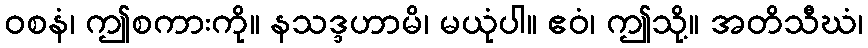
ဝစနံ၊ ဤစကားကို။ နသဒ္ဒဟာမိ၊ မယုံပါ။ ဧဝံ၊ ဤသို့။ အတိသီဃံ၊